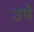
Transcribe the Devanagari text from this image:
उपे